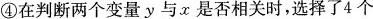
④在判断两个变量y与x是否相关时，选择了4个